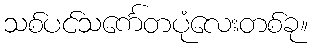
သစ်ပင်သင်္ကေတပုံလေးတစ်ခု။